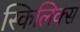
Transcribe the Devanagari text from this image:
स्किलिक्स